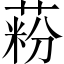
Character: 𦶚